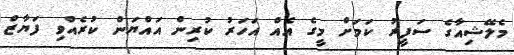
މެލޭޝިއާގެ ސަފީރު ކަމަށް މީގެ އެއް އަހަރު ކުރިން އައްޔަން ކުރެއްވި ފަޔާޒް